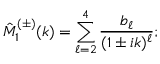
\hat { M } _ { 1 } ^ { ( \pm ) } ( k ) = \sum _ { \ell = 2 } ^ { 4 } \frac { b _ { \ell } } { ( 1 \pm i k ) ^ { \ell } } ;